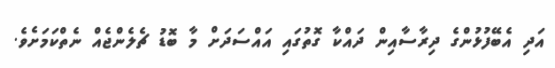
އަދި އެބޭފުޅުންގެ ދިރާސާއިން ދައްކާ ގޮތުގައި އައްސަދަށް މާ ބޮޑު ޗެލެންޖެއް ނެތްކަމަށެވެ.